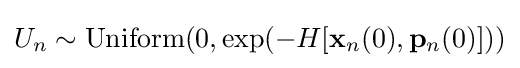
U_{n}\sim {\text{Uniform}}(0,\exp(-H[\mathbf {x} _{n}(0),\mathbf {p} _{n}(0)]))